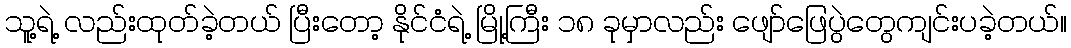
သူ့ရဲ့ လည်းထုတ်ခဲ့တယ် ပြီးတော့ နိုင်ငံရဲ့ မြို့ကြီး ၁၈ ခုမှာလည်း ဖျော်ဖြေပွဲတွေကျင်းပခဲ့တယ်။